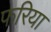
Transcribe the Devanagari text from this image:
फरिया